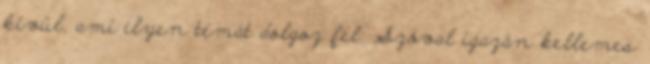
kívül, ami ilyen témát dolgoz fel. Szóval igazán kellemes